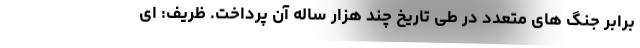
برابر جنگ های متعدد در طی تاریخ چند هزار ساله آن پرداخت. ظریف: ای